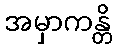
အမှာကန္တိ